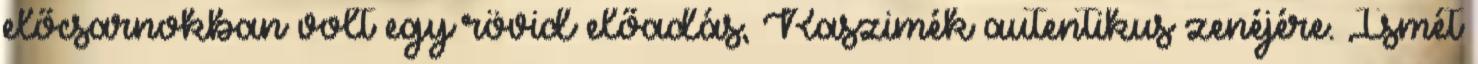
előcsarnokban volt egy rövid előadás, Raszimék autentikus zenéjére. Ismét